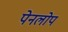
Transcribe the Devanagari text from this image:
पेनलोप